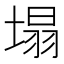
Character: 塌